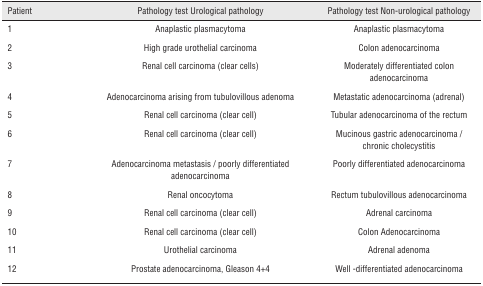
<table><thead><tr><td><b>Patient</b></td><td><b>Pathology test Urological pathology</b></td><td><b>Pathology test Non-urological pathology</b></td></tr></thead><tbody><tr><td>1</td><td>Anaplastic plasmacytoma</td><td>Anaplastic plasmacytoma</td></tr><tr><td>2</td><td>High grade urothelial carcinoma</td><td>Colon adenocarcinoma</td></tr><tr><td>3</td><td>Renal cell carcinoma (clear cells)</td><td>Moderately differentiated colon adenocarcinoma</td></tr><tr><td>4</td><td>Adenocarcinoma arising from tubulovillous adenoma</td><td>Metastatic adenocarcinoma (adrenal)</td></tr><tr><td>5</td><td>Renal cell carcinoma (clear cell)</td><td>Tubular adenocarcinoma of the rectum</td></tr><tr><td>6</td><td>Renal cell carcinoma (clear cell)</td><td>Mucinous gastric adenocarcinoma / chronic cholecystitis</td></tr><tr><td>7</td><td>Adenocarcinoma metastasis / poorly differentiated adenocarcinoma</td><td>Poorly differentiated adenocarcinoma</td></tr><tr><td>8</td><td>Renal oncocytoma</td><td>Rectum tubulovillous adenocarcinoma</td></tr><tr><td>9</td><td>Renal cell carcinoma (clear cell)</td><td>Adrenal carcinoma</td></tr><tr><td>10</td><td>Renal cell carcinoma (clear cell)</td><td>Colon Adenocarcinoma</td></tr><tr><td>11</td><td>Urothelial carcinoma</td><td>Adrenal adenoma</td></tr><tr><td>12</td><td>Prostate adenocarcinoma, Gleason 4+4</td><td>Well -differentiated adenocarcinoma</td></tr></tbody></table>